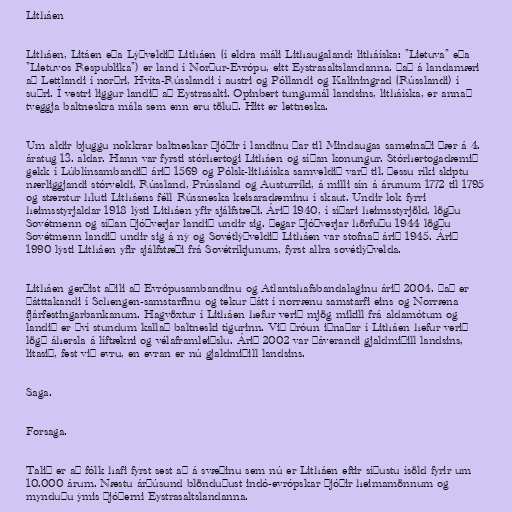
Litháen

Litháen, Litáen eða Lýðveldið Litháen (í eldra máli Lithaugaland; litháíska: "Lietuva" eða
"Lietuvos Respublika") er land í Norður-Evrópu, eitt Eystrasaltslandanna. Það á landamæri
að Lettlandi í norðri, Hvíta-Rússlandi í austri og Póllandi og Kaliningrad (Rússlandi) í
suðri. Í vestri liggur landið að Eystrasalti. Opinbert tungumál landsins, litháíska, er annað
tveggja baltneskra mála sem enn eru töluð. Hitt er lettneska.

Um aldir bjuggu nokkrar baltneskar þjóðir í landinu þar til Mindaugas sameinaði þær á 4.
áratug 13. aldar. Hann var fyrsti stórhertogi Litháen og síðan konungur. Stórhertogadæmið
gekk í Lúblínsambandið árið 1569 og Pólsk-litháíska samveldið varð til. Þessu ríki skiptu
nærliggjandi stórveldi, Rússland, Prússland og Austurríki, á milli sín á árunum 1772 til 1795
og stærstur hluti Litháens féll Rússneska keisaradæminu í skaut. Undir lok fyrri
heimsstyrjaldar 1918 lýsti Litháen yfir sjálfstæði. Árið 1940, í síðari heimsstyrjöld, lögðu
Sovétmenn og síðan Þjóðverjar landið undir sig. Þegar Þjóðverjar hörfuðu 1944 lögðu
Sovétmenn landið undir sig á ný og Sovétlýðveldið Litháen var stofnað árið 1945. Árið
1990 lýsti Litháen yfir sjálfstæði frá Sovétríkjunum, fyrst allra sovétlýðvelda.

Litháen gerðist aðili að Evrópusambandinu og Atlantshafsbandalaginu árið 2004. Það er
þátttakandi í Schengen-samstarfinu og tekur þátt í norrænu samstarfi eins og Norræna
fjárfestingarbankanum. Hagvöxtur í Litháen hefur verið mjög mikill frá aldamótum og
landið er því stundum kallað baltneski tígurinn. Við þróun iðnaðar í Litháen hefur verið
lögð áhersla á líftækni og vélaframleiðslu. Árið 2002 var þáverandi gjaldmiðill landsins,
litasið, fest við evru, en evran er nú gjaldmiðill landsins.

Saga.

Forsaga.

Talið er að fólk hafi fyrst sest að á svæðinu sem nú er Litháen eftir síðustu ísöld fyrir um
10.000 árum. Næstu árþúsund blönduðust indó-evrópskar þjóðir heimamönnum og
mynduðu ýmis þjóðerni Eystrasaltslandanna.